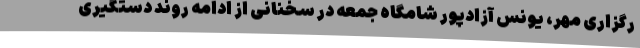
رگزاری مهر، یونس آزادپور شامگاه جمعه در سخنانی از ادامه روند دستگیری